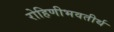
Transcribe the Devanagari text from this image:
रोहिणीभवतीर्थ